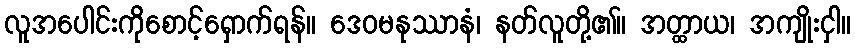
လူအပေါင်းကိုစောင့်ရှောက်ရန်။ ဒေဝမနုဿာနံ၊ နတ်လူတို့၏။ အတ္ထာယ၊ အကျိုးငှါ။